Punjab Mental Hospital Lahore 1922-31 - 1922-1931
Year: 1922
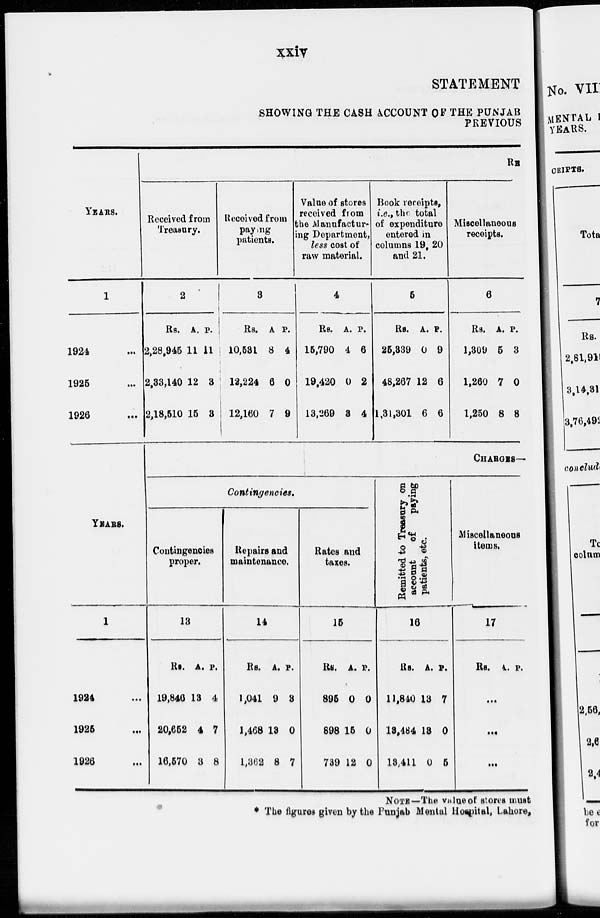
xxiv
STATEMENT
SHOWING THE CASH ACCOUNT OF THE PUNJAB
PREVIOUS
YEARS.
1
1924 ...
1925 ...
1926 ...
RE
Received from
Treasury.
2
Rs.
2,28,946
2,33,140
2,18,510
A.
11
12
15
P.
11
3
3
Received from
paying
patients.
3
Rs.
10,531
12,224
12,160
A.
8
6
7
P.
4
0
9
Value of stores
received from
the Manufactur-
ing Department,
less cost of
raw material.
4
Rs.
15,790
19,420
13,269
A.
4
0
3
P.
6
2
4
Book receipts,
i.e., the total
of expenditure
entered in
columns 19, 20
and 21.
5
Rs.
25,339
48,267
1,31,301
A.
0
12
6
P.
9
6
6
Miscellaneous
receipts.
6
Rs.
1,309
1,260
1,250
A.
5
7
8
P.
3
0
8
YEARS.
1
1924 ...
1925 ...
1926 ...
CHARGES—
Contingencies.
Contingencies
proper.
13
Rs.
19,846
20,652
16,570
A.
13
4
3
P.
4
7
8
Repairs and
maintenance.
14
Rs.
1,041
1,468
1,362
A.
9
13
8
P.
3
0
7
Rates and
taxes.
15
Rs.
895
898
739
A.
0
15
12
P.
0
0
0
Remitted to Treasury on
account
of
paying
patients, etc.
16
Rs.
11,840
13,484
13,411
A.
13
18
0
P.
7
0
5
Miscellaneous
items.
17
Rs. A. P.
...
...
...
NOTE—The value of stores must
* The figures given by the Punjab Mental Hospital, Lahore,